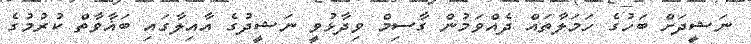
ނަޝީދަށް ބަހުގެ ހަމަލާތައް ދެއްވަމުން ގާސިމް ވިދާޅުވީ ނަޝީދުގެ އާއިލާގައި ބަޣާވާތް ކުރުމުގެ